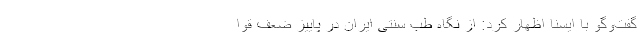
گفت‌وگو با ایسنا اظهار کرد: از نگاه طب سنتی ایران در پاییز ضعف قوا